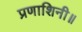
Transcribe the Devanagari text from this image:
प्रणाशिनी॥